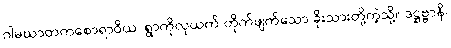
ဂါမဃာတကစောရာဝိယ၊ ရွာကိုလုယက် တိုက်ဖျက်သော ခိုးသားတို့ကဲ့သို့။ ဒဋ္ဌဗ္ဗာနိ၊